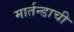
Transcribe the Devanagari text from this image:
मार्तन्डाची